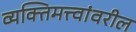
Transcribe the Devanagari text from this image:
व्यक्तिमत्त्वांवरील